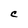
Character: C